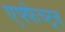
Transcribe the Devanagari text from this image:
एफ्फेच्ट्स